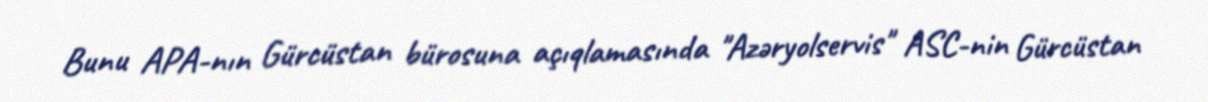
Bunu APA-nın Gürcüstan bürosuna açıqlamasında "Azəryolservis" ASC-nin Gürcüstan